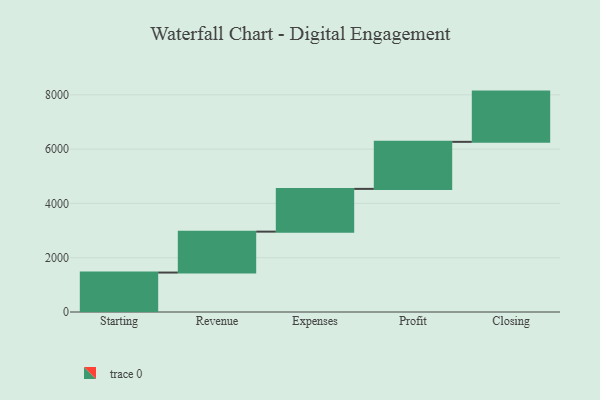
{"axis": {"x": "Step", "y": "Value"}, "legend": [""], "data": [{"x": "Starting", "y": 1453.0, "type": ""}, {"x": "Revenue", "y": 1508.0, "type": ""}, {"x": "Expenses", "y": 1575.0, "type": ""}, {"x": "Profit", "y": 1733.0, "type": ""}, {"x": "Closing", "y": 1851.0, "type": ""}]}